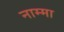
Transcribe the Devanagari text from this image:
नाम्मा